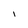
Character: I